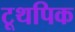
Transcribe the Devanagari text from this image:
टूथपिक